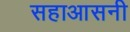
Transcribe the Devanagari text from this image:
सहाआसनी